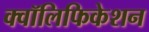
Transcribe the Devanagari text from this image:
क्वॉलिफिकेशन